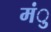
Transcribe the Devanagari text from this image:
मंु